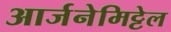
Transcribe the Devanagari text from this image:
आर्जनेमिट्टेल